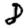
Digit: 8